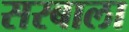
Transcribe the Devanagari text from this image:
सरबाला